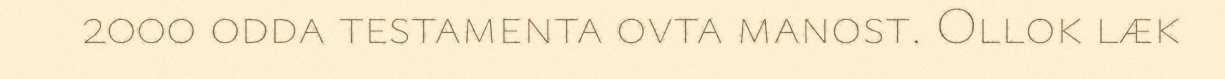
2000 odda testamenta ovta manost. Ollok læk